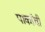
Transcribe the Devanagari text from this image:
पार्कांची